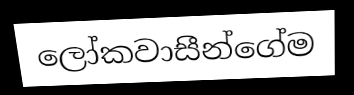
ලෝකවාසීන්ගේම